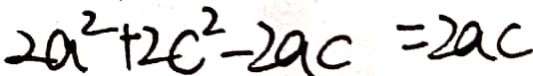
2 a ^ { 2 } + 2 c ^ { 2 } - 2 a c = 2 a c